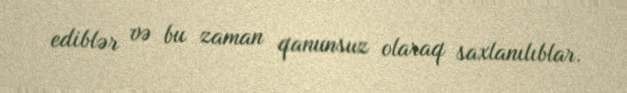
ediblər və bu zaman qanunsuz olaraq saxlanılıblar.